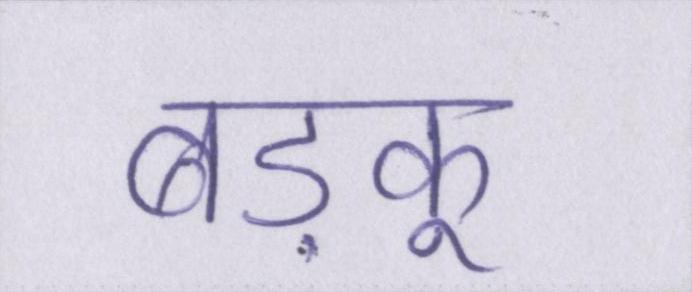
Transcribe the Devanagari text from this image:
बड़कू